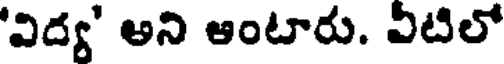
'విద్య' అని ఆంటారు. ఏటిలో